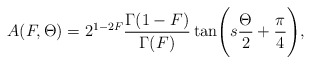
\begin{align*}A ( F ,\Theta) = 2^{1-2F} \frac{\Gamma (1-F)}{\Gamma( F)} \tan \Biggl(s\frac{\Theta}{2} + \frac{\pi}{4} \Biggr) ,\end{align*}